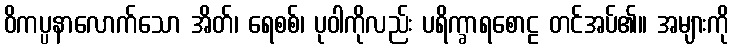
ဝိကပ္ပနာလောက်သော အိတ်၊ ရေစစ်၊ ပုဝါကိုလည်း ပရိက္ခာရစောဠ တင်အပ်၏။ အများကို